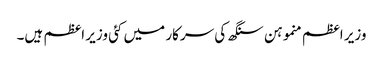
وزیر اعظم منموہن سنگھ کی سرکار میں کئی وزیر اعظم ہیں۔